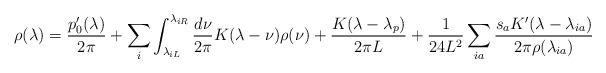
LaTeX: \begin{align*} \rho(\lambda) = \frac{p_0'(\lambda)}{2\pi} + \sum_i\int_{\lambda_{iL}}^{\lambda_{iR}}\frac{d\nu}{2\pi}K(\lambda-\nu)\rho(\nu) + \frac{K(\lambda-\lambda_p)}{2\pi L} +\frac{1}{24 L^2} \sum_{ia}\frac{s_aK'(\lambda-\lambda_{ia})}{2\pi\rho(\lambda_{ia})}\end{align*}